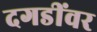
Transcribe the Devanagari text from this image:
दगडींवर